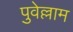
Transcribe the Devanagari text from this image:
पुवेल्लाम